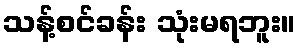
သန့်စင်ခန်း သုံးမရဘူး။